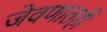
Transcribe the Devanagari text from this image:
जेवणातही